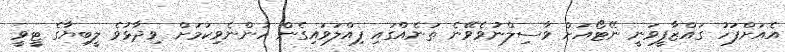
އެއަށްފަހު ގައްޒާފީވަނީ ނޭޓޯއަށް ވާސިލްނުވެވޭނެ ތަނެއްގައި ފިއްލަވައިގެން ހުންނެވިކަމަށް ވިދާޅުވެ ލީބިޔާގެ ޓީވީ